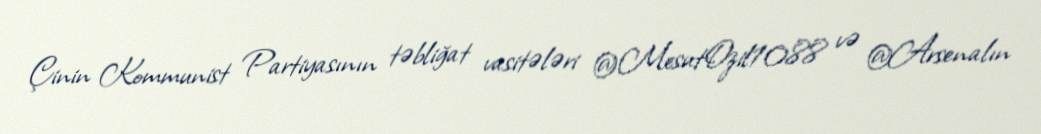
Çinin Kommunist Partiyasının təbliğat vasitələri @MesutOzil1088 və @Arsenalın